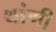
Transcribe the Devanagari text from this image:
थांगी